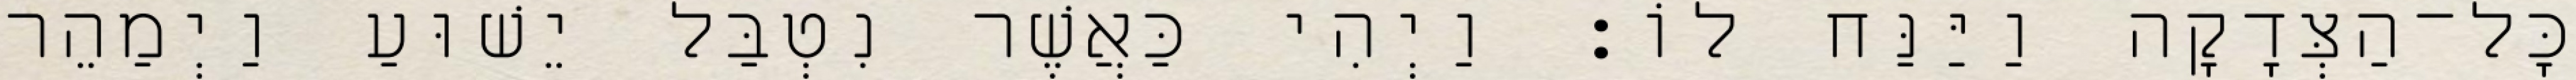
כָּל־הַצְּדָקָה וַיַּנַּח לוֹ׃ וַיְהִי כַּאֲשֶׁר נִטְבַּל יֵשׁוּעַ וַיְמַהֵר